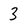
Character: 3